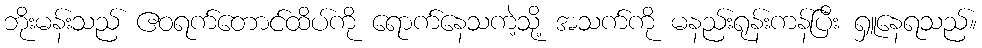
ဘိုးမန်းသည် ဧဝရက်တောင်ထိပ်ကို ရောက်နေသကဲ့သို့ အသက်ကို မနည်းရုန်းကန်ပြီး ရှူနေရသည်။